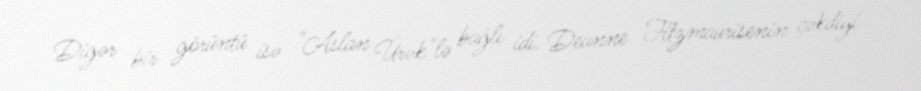
Digər bir görüntü isə "Aslan Ürək"lə bağlı idi. Deanne Fitzmaurisenin çəkdiyi